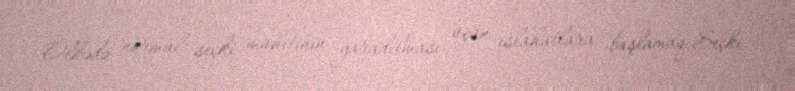
Ölkədə normal seçki mühitinin yaradılması üçün islahatlara başlamaq-Seçki